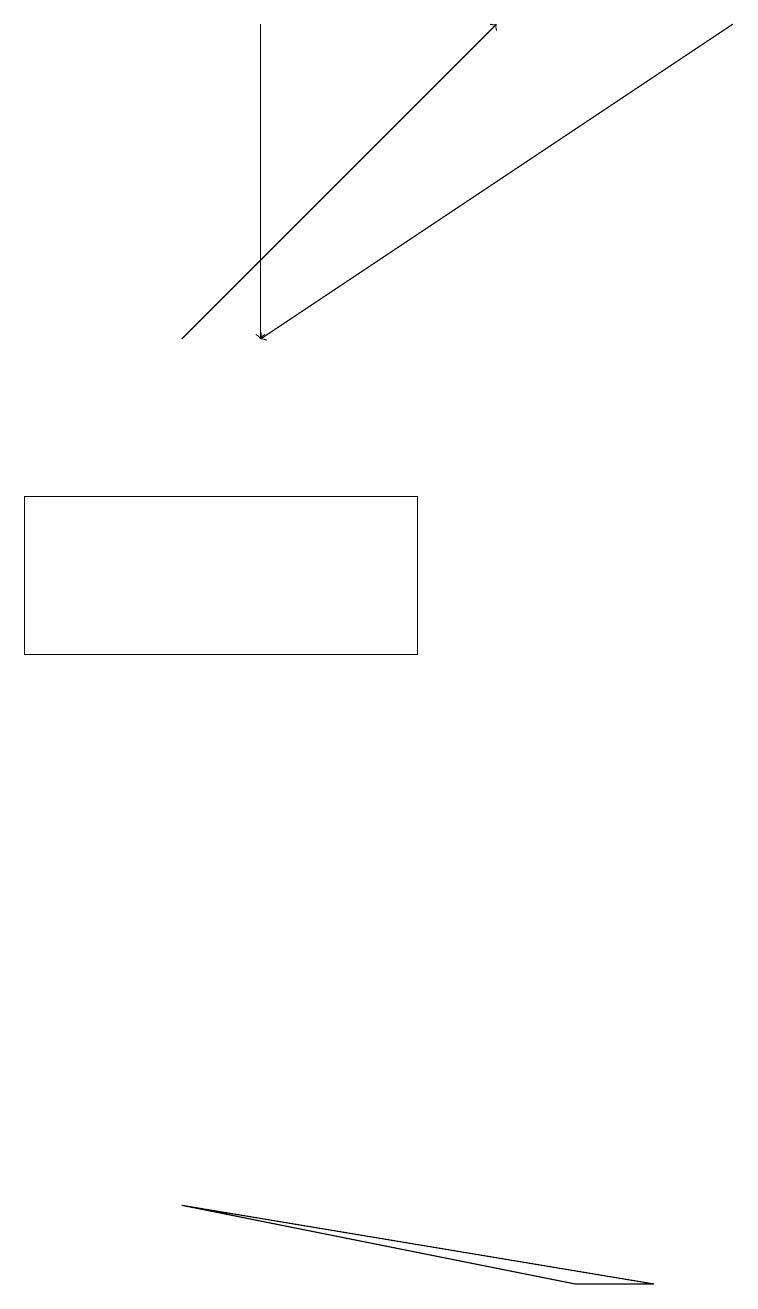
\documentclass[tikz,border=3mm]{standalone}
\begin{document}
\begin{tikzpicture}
\draw (7,2) -- (2,3) -- (8,2) -- cycle;
\draw (5,12) rectangle (0,10);
\draw[->] (3,18) -- (3,14);
\draw[->] (9,18) -- (3,14);
\draw[->] (2,14) -- (6,18);
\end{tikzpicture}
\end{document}